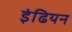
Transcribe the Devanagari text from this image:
इंढियन